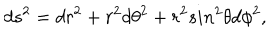
LaTeX: d s ^ { 2 } = d r ^ { 2 } + r ^ { 2 } { d { \theta } } ^ { 2 } + r ^ { 2 } s i n ^ { 2 } { \theta } d { \phi } ^ { 2 } ,